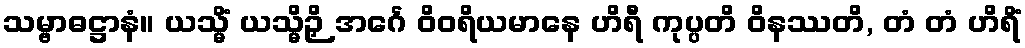
သမ္ဗာဓဋ္ဌာနံ။ ယသ္မိံ ယသ္မိဉှိ အင်္ဂေ ဝိဝရိယမာနေ ဟိရီ ကုပ္ပတိ ဝိနဿတိ, တံ တံ ဟိရိံ